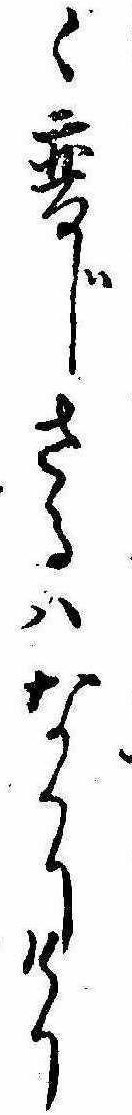
く変じさるはなかりけり